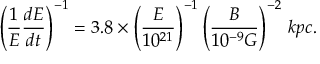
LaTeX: \left( \frac { 1 } { E } \frac { d E } { d t } \right) ^ { - 1 } = 3 . 8 \times \left( \frac { E } { 1 0 ^ { 2 1 } } \right) ^ { - 1 } \left( \frac { B } { 1 0 ^ { - 9 } G } \right) ^ { - 2 } \, k p c .